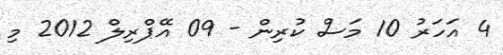
4 އަހަރު 10 މަސް ކުރިން - 09 އޭޕްރިލް 2012 މި